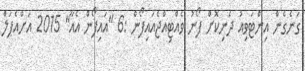
ގަނެގެން އިންޓަވިއު ދެނިކޮށް ފޯނު ވެއްޓިއްޖެއައިފޯން :6 "އައިފޯން އެއާ" 2015 އަށްއެޕަލް